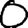
Digit: 0